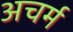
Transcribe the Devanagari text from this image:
अचर्म